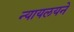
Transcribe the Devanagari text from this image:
न्यायलयने